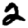
Digit: 2